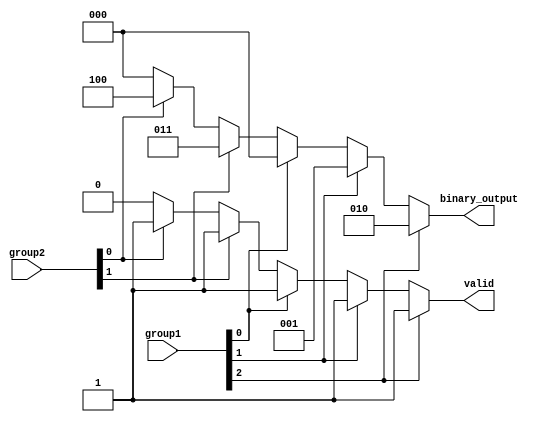
module dual_priority_encoder (
    input wire [2:0] group1, // Group 1 inputs: I0, I1, I2
    input wire [1:0] group2, // Group 2 inputs: I3, I4
    output reg [2:0] binary_output, // Binary output
    output reg valid // Valid output indicator
);

always @(*) begin
    // Initialize outputs
    binary_output = 3'b000; // Default output (no active input)
    valid = 1'b0; // Default valid to false

    // Check Group 1 inputs for active signals
    if (group1[2]) begin
        binary_output = 3'b010; // I2 active
        valid = 1'b1;
    end
    else if (group1[1]) begin
        binary_output = 3'b001; // I1 active
        valid = 1'b1;
    end
    else if (group1[0]) begin
        binary_output = 3'b000; // I0 active
        valid = 1'b1;
    end
    // If no active Group 1 inputs, check Group 2 inputs
    else if (group2[1]) begin
        binary_output = 3'b011; // I4 active
        valid = 1'b1;
    end
    else if (group2[0]) begin
        binary_output = 3'b100; // I3 active
        valid = 1'b1;
    end
    // If no inputs are active, binary_output remains 3'b000 and valid remains 0
end

endmodule